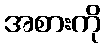
အစားကို